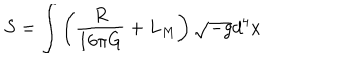
LaTeX: S = \int \left( \frac { R } { 1 6 \pi G } + L _ { M } \right) \sqrt { - g } d ^ { 4 } x \